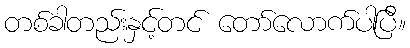
တစ်ခါတည်းနှင့်တင် တော်လောက်ပါပြီ။